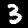
Label: 3